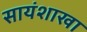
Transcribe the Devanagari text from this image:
सायंशाखा